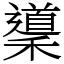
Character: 䆃